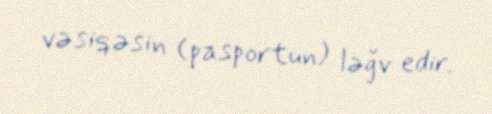
vəsiqəsin (pasportun) ləğv edir.